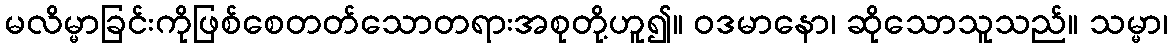
မလိမ္မာခြင်းကိုဖြစ်စေတတ်သောတရားအစုတို့ဟူ၍။ ဝဒမာနော၊ ဆိုသောသူသည်။ သမ္မာ၊